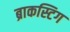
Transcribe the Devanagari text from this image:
ब्राकस्टिग